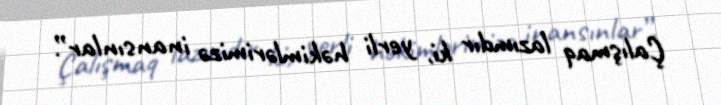
Çalışmaq lazımdır ki, yerli həkimlərimizə inansınlar”.